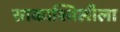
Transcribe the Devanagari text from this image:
साकाश्विलीला